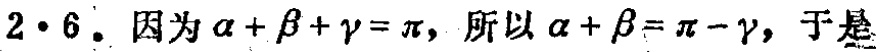
$2\cdot 6$. 因为$\alpha+\beta+\gamma = \pi$，所以$\alpha+\beta=\pi - \gamma$，于是